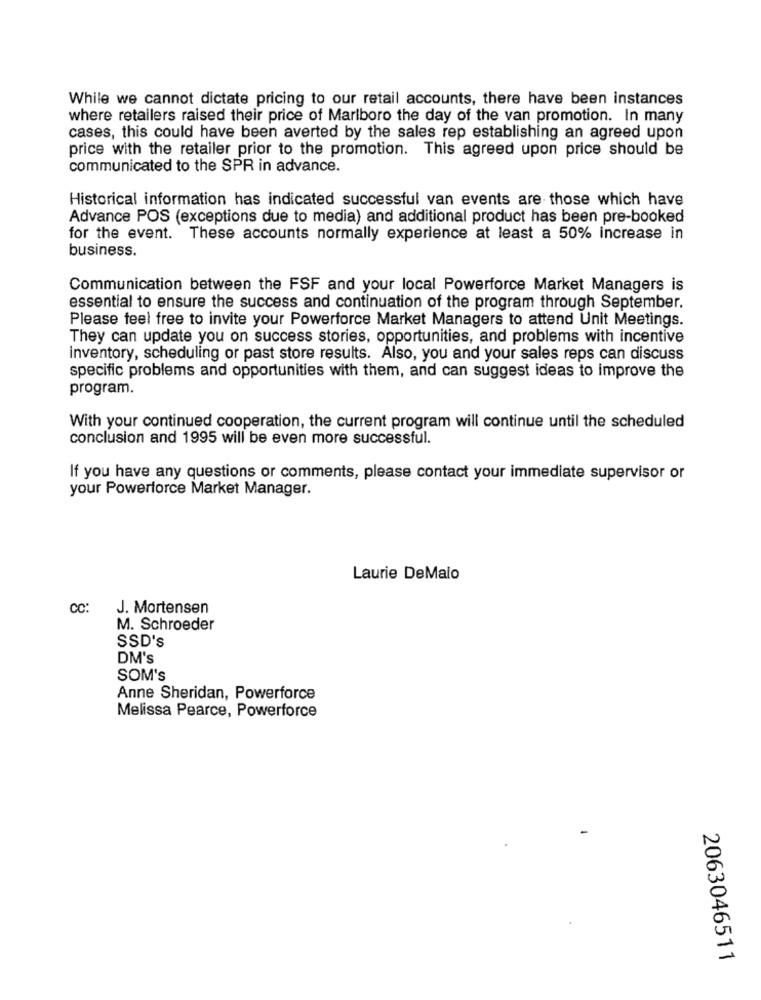
While we cannot dictate pricing to our retail accounts, there have been instances
where retailers raised their price of Marlboro the day of the van promotion. In many
cases, this could have been averted by the sales rep establishing an agreed upon
price with the retailer prior to the promotion. This agreed upon price should be
communicated to the SPR in advance.
Historical information has indicated successful van events are those which have
Advance POS (exceptions due to media) and additional product has been pre-booked
for the event. These accounts normally experience at least a 50% increase in
business.
Communication between the FSF and your local Powerforce Market Managers is
essential to ensure the success and continuation of the program through September.
Please feel free to invite your Powerforce Market Managers to attend Unit Meetings.
They can update you on success stories, opportunities, and problems with incentive
inventory, scheduling or past store results. Also, you and your sales reps can discuss
specific problems and opportunities with them, and can suggest ideas to improve the
program.
With your continued cooperation, the current program will continue until the scheduled
conclusion and 1995 will be even more successful.
If you have any questions or comments, please contact your immediate supervisor or
your Powerforce Market Manager.
Laurie DeMaio
CC:
J. Mortensen
M. Schroeder
SSD's
DM's
SOM'S
Anne Sheridan, Powerforce
Melissa Pearce, Powerforce
2063046511